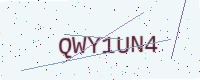
Text: QWY1UN4